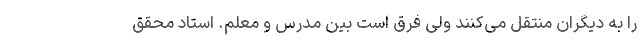
را به دیگران منتقل می‌کنند ولی فرق است بین مدرس و معلم. استاد محقق